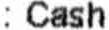
: CASH